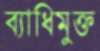
ব্যাধিমুক্ত